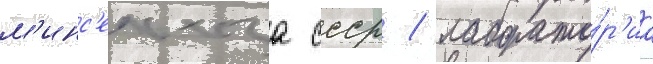
м'инс'ельхоза ссср / лаборато́р'иа